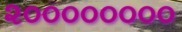
૨૦૦૦૦૦૦૦૦